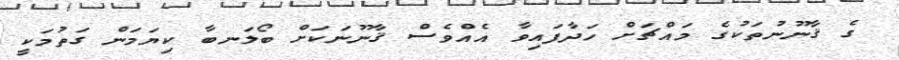
ގެ ޤާނޫނުތަކުގެ މައްޗަށް ހަދާފައިވާ އެއްވެސް ޤާނޫނަކަށް ބޯލަނބާ ކިޔަމަން ގަތުމަކީ